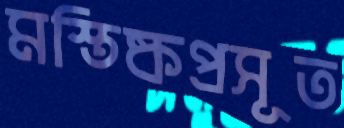
মস্তিষ্কপ্রসূত